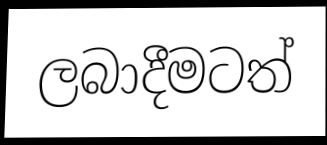
ලබාදීමටත්